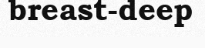
breast-deep